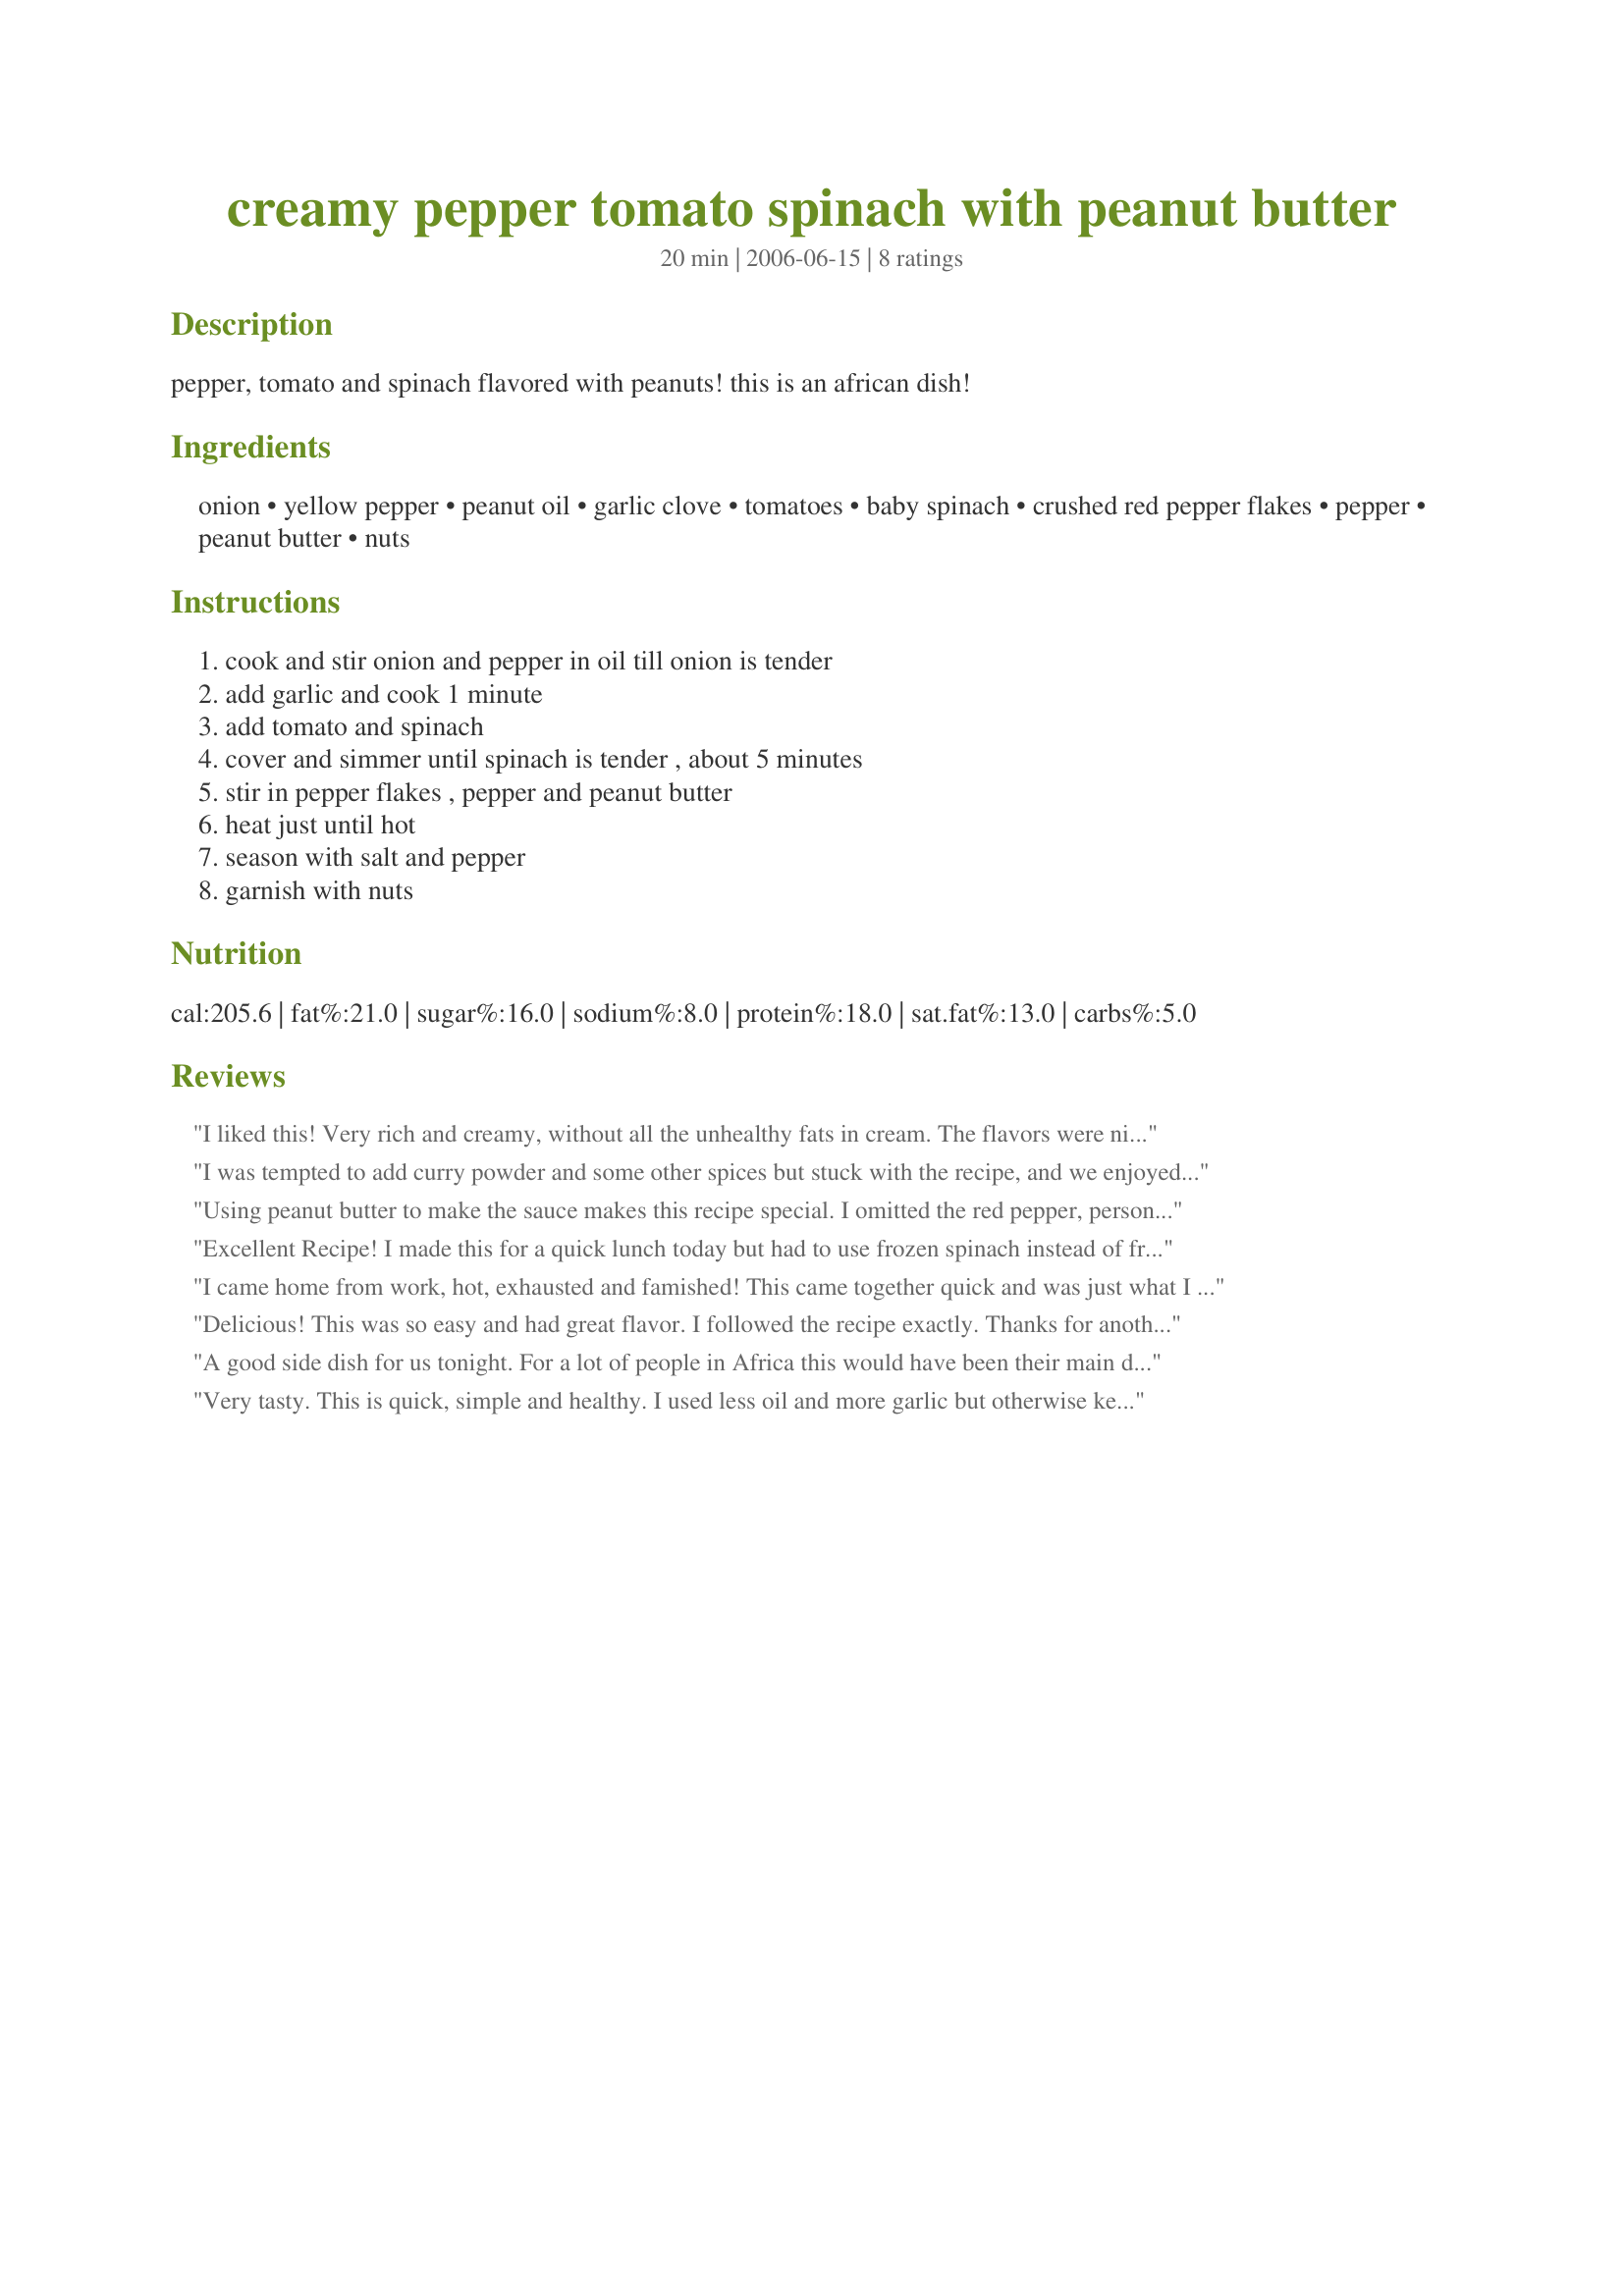
creamy pepper tomato spinach with peanut butter
Preparation time: 20 minutes

pepper, tomato and spinach flavored with peanuts! this is an african dish!

Ingredients:
onion, yellow pepper, peanut oil, garlic clove, tomatoes, baby spinach, crushed red pepper flakes, pepper, peanut butter, nuts

Steps:
cook and stir onion and pepper in oil till onion is tender, add garlic and cook 1 minute, add tomato and spinach, cover and simmer until spinach is tender , about 5 minutes, stir in pepper flakes , pepper and peanut butter, heat just until hot, season with salt and pepper, garnish with nuts

Reviews:
I liked this! Very rich and creamy, without all the unhealthy fats in cream. The flavors were nice, and I LOVED the texture of the finished recipe. Would be great as a veggie stirfry over rice. We ate it as a side-- I loved it, hubby just liked it.
I was tempted to add curry powder and some other spices but stuck with the recipe, and we enjoyed it very much. The only change I made was to up the red pepper flakes to half a teaspoon - next time I'll use more - 
and I added salt. We had it on jasmine rice. My SO rates it a five!
Using peanut butter to make the sauce makes this recipe special. I omitted the red pepper, personal preference. It was a hit with all age groups at an extended family dinner. Thank you, ~Rita~. I cooked this for the Chic Chefs during Zaar World Tour 4.
Excellent Recipe! I made this for a quick lunch today but had to use frozen spinach instead of fresh spinach! I loved the flavor and the peanuts on top gave it a nice crunch. I also added a bit more then a pinch of red pepper flakes , to give it some heat. I cut the servings to size to 2 and it was perfect. Thanks Rita!!!
I came home from work, hot, exhausted and famished! This came together quick and was just what I wanted-vegetables with a creamy sauce! Thank you Rita!
Delicious! This was so easy and had great flavor. I followed the recipe exactly. Thanks for another fantastic recipe. :)
A good side dish for us tonight. For a lot of people in Africa this would have been their main dish. Thanks for an unusual experience in cooking. Made for ZWT7.
Very tasty. This is quick, simple and healthy. I used less oil and more garlic but otherwise kept to the recipe. I served it over a mix of barley and brown rice. Thanks for posting.
